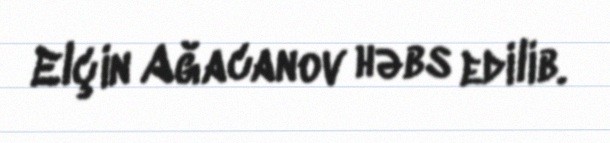
Elçin Ağacanov həbs edilib.